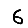
Digit: 6